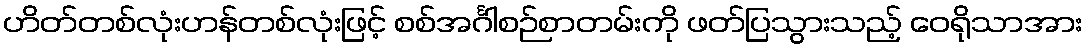
ဟိတ်တစ်လုံးဟန်တစ်လုံးဖြင့် စစ်အင်္ဂါစဉ်စာတမ်းကို ဖတ်ပြသွားသည့် ဝေရိုသာအား